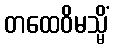
တထေဝိမသ္မိံ